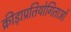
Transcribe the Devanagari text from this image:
क्रीड़ाप्रतियोगिताओं